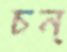
চন্